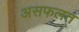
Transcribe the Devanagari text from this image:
असफलत